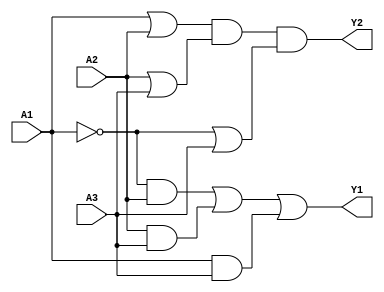
module combinational_logic_block (
    input wire A1,  // Input 1
    input wire A2,  // Input 2
    input wire A3,  // Input 3
    output wire Y1, // Output 1 (SOP form)
    output wire Y2  // Output 2 (POS form)
);

// Sum of Products (SOP) for Y1
// Example expression: Y1 = A1'A2 + A2A3 + A1A3
wire term1, term2, term3;

assign term1 = ~A1 & A2;  // A1' A2
assign term2 = A2 & A3;   // A2 A3
assign term3 = A1 & A3;   // A1 A3

assign Y1 = term1 | term2 | term3; // Y1 = A1'A2 + A2A3 + A1A3

// Product of Sums (POS) for Y2
// Example expression: Y2 = (A1 + A2)(A2 + A3)(A1' + A3)
wire sum1, sum2, sum3;

assign sum1 = A1 | A2;    // A1 + A2
assign sum2 = A2 | A3;    // A2 + A3
assign sum3 = ~A1 | A3;   // A1' + A3

assign Y2 = sum1 & sum2 & sum3; // Y2 = (A1 + A2)(A2 + A3)(A1' + A3)

endmodule